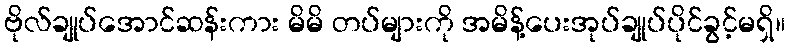
ဗိုလ်ချုပ်အောင်ဆန်းကား မိမိ တပ်များကို အမိန့်ပေးအုပ်ချုပ်ပိုင်ခွင့်မရှိ။